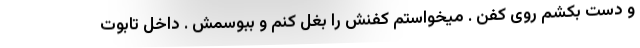
و دست بکشم روی کفن . میخواستم کفنش را بغل کنم و ببوسمش . داخل تابوت